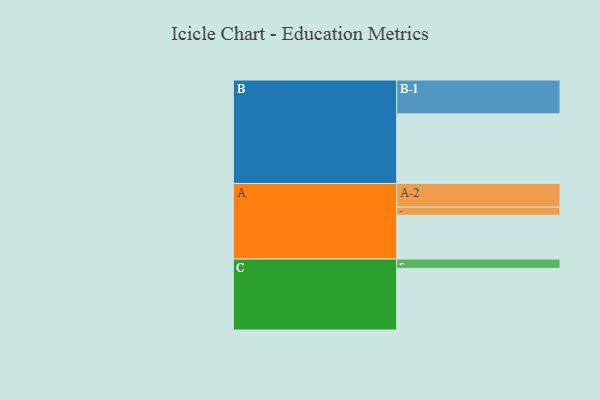
{"axis": {"x": "Segment", "y": "Value"}, "legend": ["", "A", "B", "C"], "data": [{"x": "A", "y": 300, "type": ""}, {"x": "B", "y": 477, "type": ""}, {"x": "C", "y": 422, "type": ""}, {"x": "A-1", "y": 56, "type": "A"}, {"x": "A-2", "y": 162, "type": "A"}, {"x": "B-1", "y": 232, "type": "B"}, {"x": "C-1", "y": 64, "type": "C"}]}